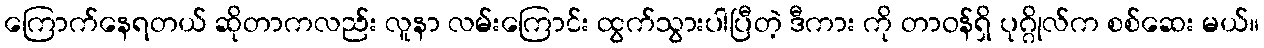
ကြောက်နေရတယ် ဆိုတာကလည်း လူနာ လမ်းကြောင်း ထွက်သွားပါပြီတဲ့ ဒီကား ကို တာဝန်ရှိ ပုဂ္ဂိုလ်က စစ်ဆေး မယ်။